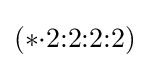
(*{\cdot }2{:}2{:}2{:}2)